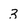
Character: 3